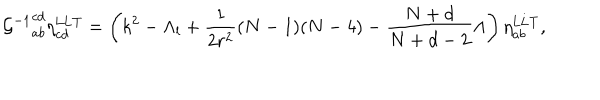
{ { \cal G } ^ { - 1 } } _ { a b } ^ { c d } \eta _ { c d } ^ { \mathrm { L L T } } = \left( k ^ { 2 } - \Lambda _ { l } + \frac { 1 } { 2 r ^ { 2 } } ( N - 1 ) ( N - 4 ) - \frac { N + d } { N + d - 2 } \Lambda \right) \eta _ { a b } ^ { \mathrm { L L T } } ,